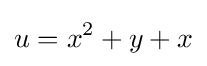
u=x^{2}+y+x